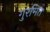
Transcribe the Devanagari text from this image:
गुरमित